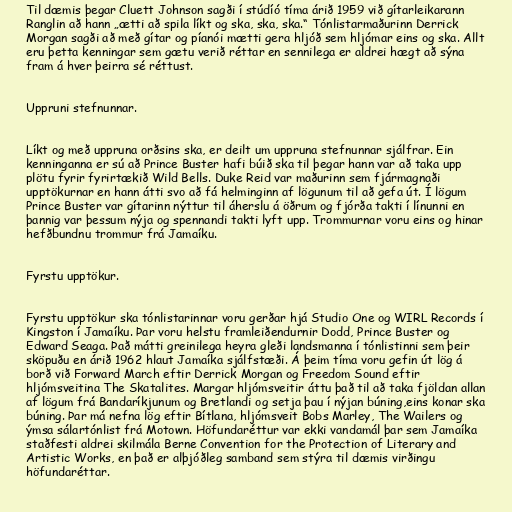
Til dæmis þegar Cluett Johnson sagði í stúdíó tíma árið 1959 við gítarleikarann
Ranglin að hann „ætti að spila líkt og ska, ska, ska.“ Tónlistarmaðurinn Derrick
Morgan sagði að með gítar og píanói mætti gera hljóð sem hljómar eins og ska. Allt
eru þetta kenningar sem gætu verið réttar en sennilega er aldrei hægt að sýna
fram á hver þeirra sé réttust.

Uppruni stefnunnar.

Líkt og með uppruna orðsins ska, er deilt um uppruna stefnunnar sjálfrar. Ein
kenninganna er sú að Prince Buster hafi búið ska til þegar hann var að taka upp
plötu fyrir fyrirtækið Wild Bells. Duke Reid var maðurinn sem fjármagnaði
upptökurnar en hann átti svo að fá helminginn af lögunum til að gefa út. Í lögum
Prince Buster var gítarinn nýttur til áherslu á öðrum og fjórða takti í línunni en
þannig var þessum nýja og spennandi takti lyft upp. Trommurnar voru eins og hinar
hefðbundnu trommur frá Jamaíku.

Fyrstu upptökur.

Fyrstu upptökur ska tónlistarinnar voru gerðar hjá Studio One og WIRL Records í
Kingston í Jamaíku. Þar voru helstu framleiðendurnir Dodd, Prince Buster og
Edward Seaga. Það mátti greinilega heyra gleði landsmanna í tónlistinni sem þeir
sköpuðu en árið 1962 hlaut Jamaíka sjálfstæði. Á þeim tíma voru gefin út lög á
borð við Forward March eftir Derrick Morgan og Freedom Sound eftir
hljómsveitina The Skatalites. Margar hljómsveitir áttu það til að taka fjöldan allan
af lögum frá Bandaríkjunum og Bretlandi og setja þau í nýjan búning,eins konar ska
búning. Þar má nefna lög eftir Bítlana, hljómsveit Bobs Marley, The Wailers og
ýmsa sálartónlist frá Motown. Höfundaréttur var ekki vandamál þar sem Jamaíka
staðfesti aldrei skilmála Berne Convention for the Protection of Literary and
Artistic Works, en það er alþjóðleg samband sem stýra til dæmis virðingu
höfundaréttar.